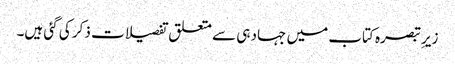
زیرِ تبصرہ کتاب میں جہاد ہی سے متعلق تفصیلات ذکر کی گئی ہیں۔